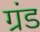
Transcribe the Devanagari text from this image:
ग्रंड